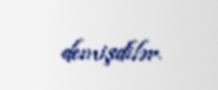
demişdilər.